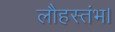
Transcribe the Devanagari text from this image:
लौहस्तंभ।